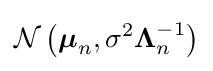
{\mathcal {N}}\left({\boldsymbol {\mu }}_{n},\sigma ^{2}{\boldsymbol {\Lambda }}_{n}^{-1}\right)